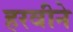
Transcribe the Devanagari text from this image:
हरवीने